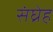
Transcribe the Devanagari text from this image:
संघ्रेह